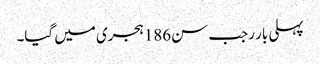
پہلی بار رجب سن186ہجری میں گیا۔